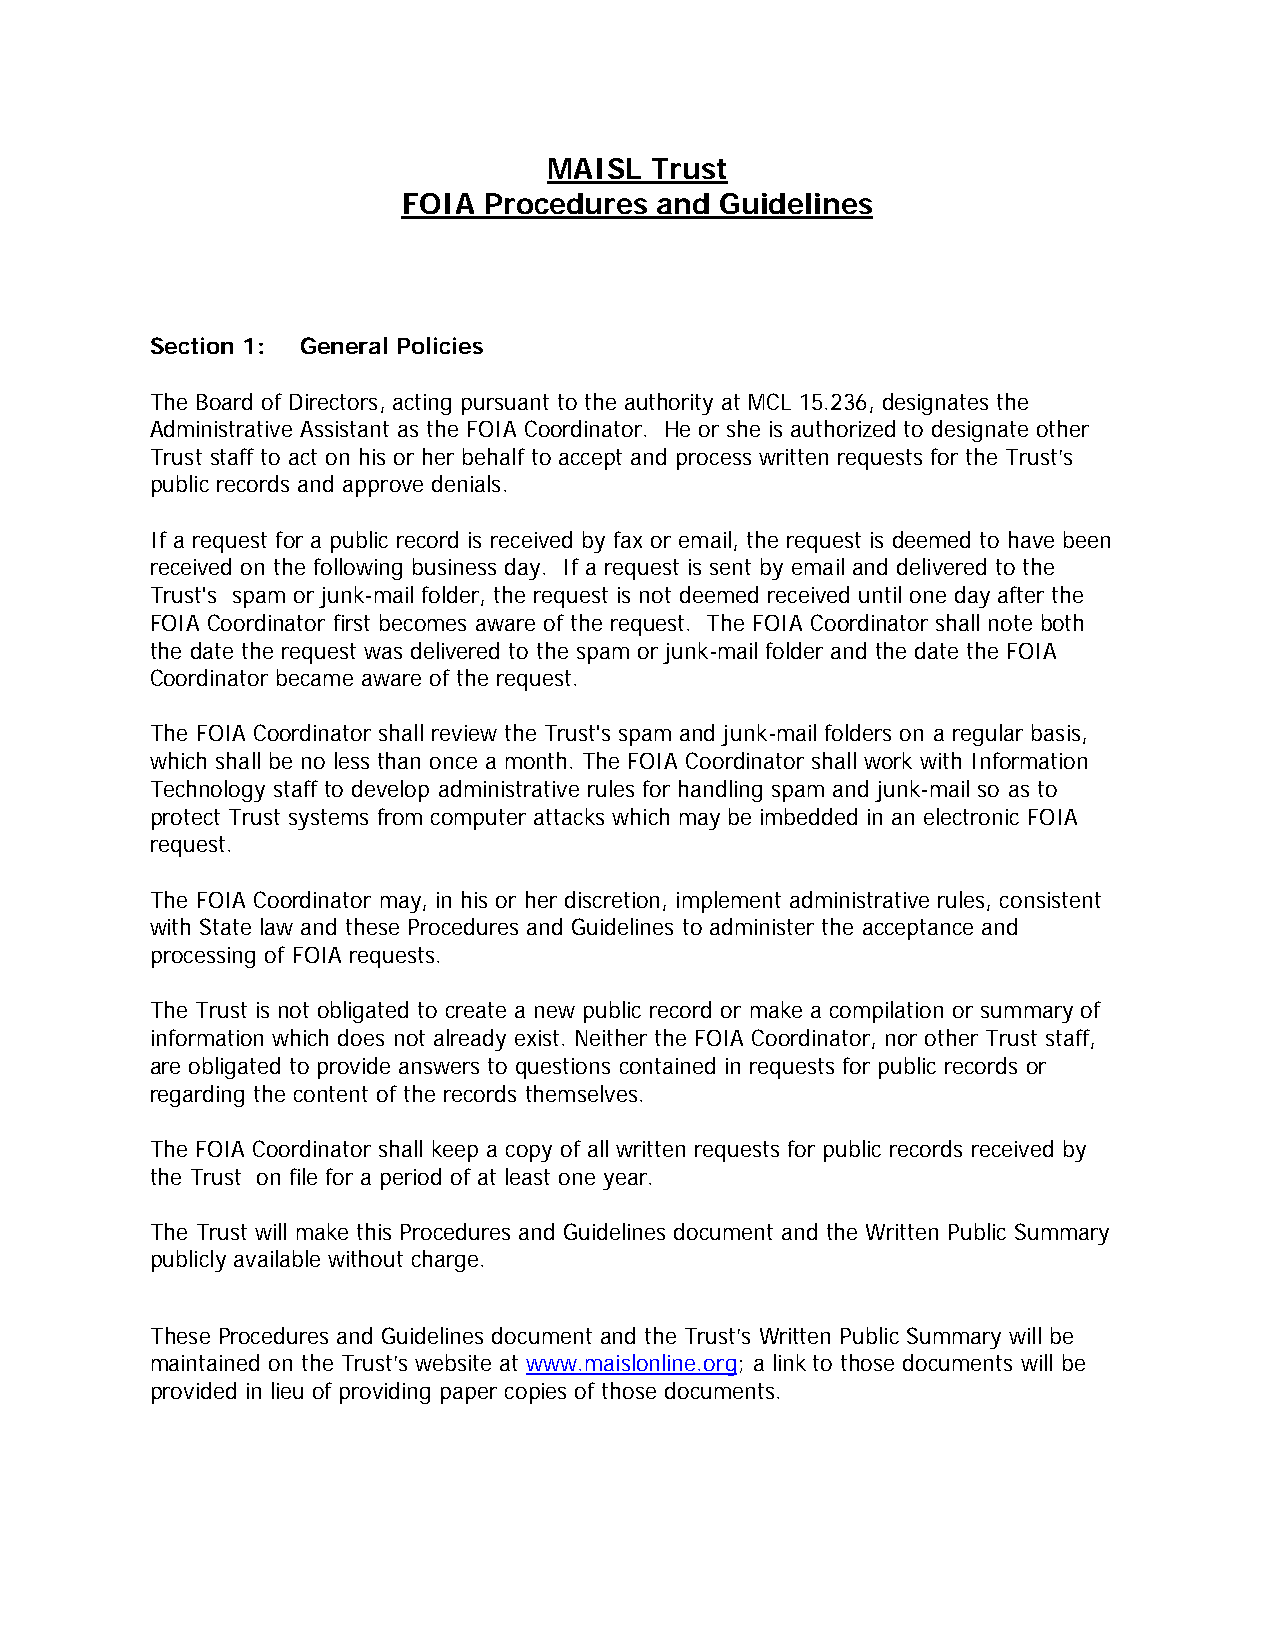
MAISL  Trust
 FOIA Procedures and  Guidelines
 Section 1: General Policies
 The Board of Directors, acting pursuant to the authority at MCL 15.236, designates the
 Administrative Assistant as the FOIA Coordinator. He or she is authorized to designate other
 Trust staff to act on his or her behalf to accept and process written requests for the Trust’s
 public records and approve denials.
 If a request for a public record is received by fax or email, the request is deemed to have been
 received on the following business day. If a request is sent by email and delivered to the
 Trust's spam or junk-mail folder, the request is not deemed received until one day after the
 FOIA Coordinator first becomes aware of the request. The FOIA Coordinator shall note both
 the date the request was delivered to the spam or junk-mail folder and the date the FOIA
 Coordinator became aware of the request.
 The FOIA Coordinator shall review the Trust's spam and junk-mail folders on a regular basis,
 which shall be no less than once a month. The FOIA Coordinator shall work with Information
 Technology staff to develop administrative rules for handling spam and junk-mail so as to
 protect Trust systems from computer attacks which may be imbedded in an electronic FOIA
 request.
 The FOIA Coordinator may, in his or her discretion, implement administrative rules, consistent
 with State law and these Procedures and Guidelines to administer the acceptance and
 processing of FOIA requests.
 The Trust is not obligated to create a new public record or make a compilation or summary of
 information which does not already exist. Neither the FOIA Coordinator, nor other Trust staff,
 are obligated to provide answers to questions contained in requests for public records or
 regarding the content of the records themselves.
 The FOIA Coordinator shall keep a copy of all written requests for public records received by
 the Trust on file for a period of at least one year.
 The Trust will make this Procedures and Guidelines document and the Written Public Summary
 publicly available without charge.
 These Procedures and Guidelines document and the Trust’s Written Public Summary will be
 maintained on the Trust’s website at www.maislonline.org; a link to those documents will be
 provided in lieu of providing paper copies of those documents.